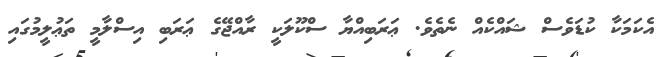
އެކަމަކާ ކުޑަވެސް ޝައްކެއް ނެތެވެ. ޢަރަބިއްޔާ ސްކޫލަކީ ރާއްޖޭގެ ޢަރަބި އިސްލާމީ ތަޢުލީމުގައި